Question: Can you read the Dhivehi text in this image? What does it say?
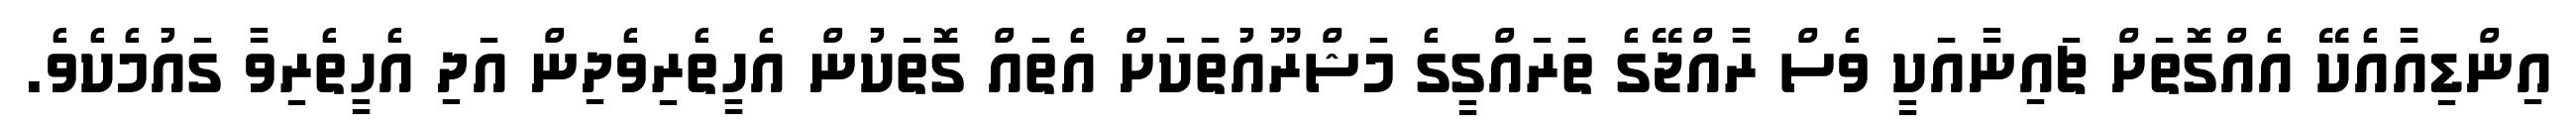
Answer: އިންޑިއާއެކޭ އެއްގޮތަށް ޗައިނާއަކީ ވެސް ރާއްޖޭގެ ތަރައްގީގެ މަޝްރޫއުތަކަށް އެތައް ގޮތަކުން އެހީތެރިވެދިން އަދި އެހީތެރިވާ ގައުމެކެވެ.